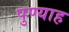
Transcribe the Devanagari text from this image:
पुण्याह